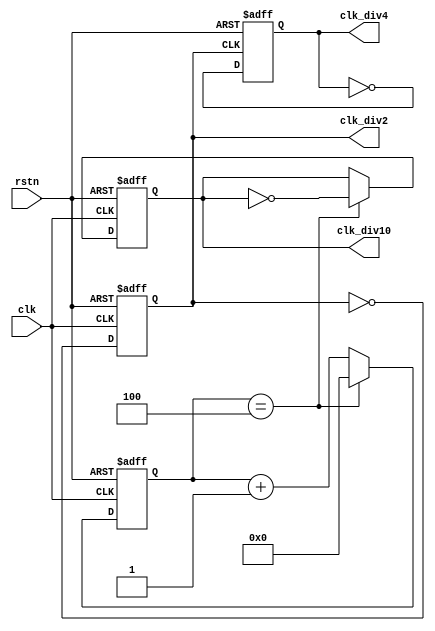
module even_divisor
  # (parameter DIV_CLK = 10 )
    (
    input               rstn ,
    input               clk,
    output              clk_div2,
    output              clk_div4,
    output              clk_div10
    );

   //2 
   reg                  clk_div2_r ;
   always @(posedge clk or negedge rstn) begin
      if (!rstn) begin
         clk_div2_r     <= 'b0 ;
      end
      else begin
         clk_div2_r     <= ~clk_div2_r ;
      end
   end
   assign       clk_div2 = clk_div2_r ;

   //4 
   reg                  clk_div4_r ;
   always @(posedge clk_div2 or negedge rstn) begin
      if (!rstn) begin
         clk_div4_r     <= 'b0 ;
      end
      else begin
         clk_div4_r     <= ~clk_div4_r ;
      end
   end
   assign clk_div4      = clk_div4_r ;

   //N/2 
   reg [3:0]            cnt ;
   always @(posedge clk or negedge rstn) begin
      if (!rstn) begin
         cnt    <= 'b0 ;
      end
      else if (cnt == (DIV_CLK/2)-1) begin
         cnt    <= 'b0 ;
      end
      else begin
         cnt    <= cnt + 1'b1 ;
      end
   end

   //
   reg                  clk_div10_r ;
   always @(posedge clk or negedge rstn) begin
      if (!rstn) begin
         clk_div10_r <= 1'b0 ;
      end
      else if (cnt == (DIV_CLK/2)-1 ) begin
         clk_div10_r <= ~clk_div10_r ;
      end
   end
   assign clk_div10 = clk_div10_r ;
endmodule